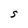
Character: S